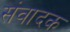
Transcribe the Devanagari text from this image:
संवादक